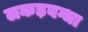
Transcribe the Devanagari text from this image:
लकड़बग्धा